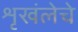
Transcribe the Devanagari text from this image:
शृखंलेचे